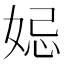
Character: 𡜱